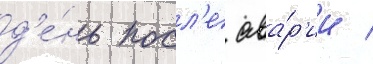
д'е́нь посл'е ава́р'ии /